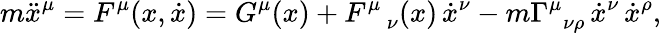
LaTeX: m\ddot{x}^{\mu}=F^{\mu}(x,\dot{x})=G^{\mu}(x)+F_{\; \; \; \nu}^{\mu}(x)\, \dot{x}^{\nu}-m\Gamma_{\; \: \nu\rho}^{\mu}\, \dot{x}^{\nu}\, \dot{x}^{\rho},